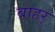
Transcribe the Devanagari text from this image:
बाहर्